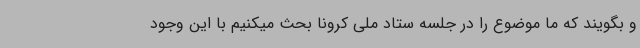
و بگویند که ما موضوع را در جلسه ستاد ملی کرونا بحث میکنیم با این وجود